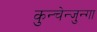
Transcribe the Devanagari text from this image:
कुन्चेन्जुन्गा